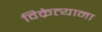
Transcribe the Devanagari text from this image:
विक्रेत्याना